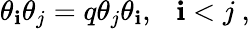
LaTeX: \theta_{\mathbf{i}}\theta_{j}=q\theta_{j}\theta_{\mathbf{i}},~~~\mathbf{i}<j~,